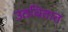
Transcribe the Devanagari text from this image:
उठवितात